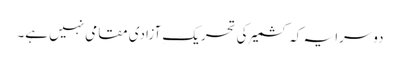
دوسرا یہ کہ کشمیر کی تحریکِ آزادی مقامی نہیں ہے۔